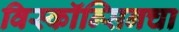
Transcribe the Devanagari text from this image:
विस्कॉन्सिनचा